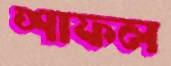
শাফল